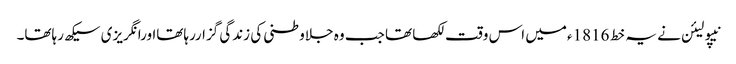
نیپولیئن نے یہ خط 1816ءمیں اس وقت لکھا تھا جب وہ جلاوطنی کی زندگی گزاررہاتھااورانگریزی سیکھ رہاتھا۔